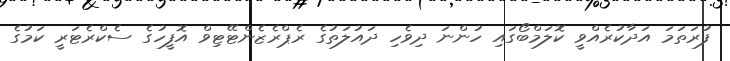
ފުރަތަމަ އަދާކުރެއްވީ ކޮލަމްބޯގައި ހުންނަ ދިވެހި ދައުލަތުގެ ރެޕްރެޒެންޓޭޓިވް އޮފީހުގެ ސެކްރެޓަރީ ކަމުގެ